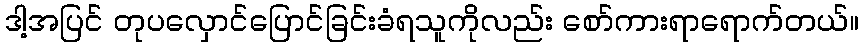
ဒါ့အပြင် တုပလှောင်ပြောင်ခြင်းခံရသူကိုလည်း စော်ကားရာရောက်တယ်။